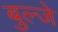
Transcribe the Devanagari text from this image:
बुल्जे